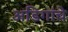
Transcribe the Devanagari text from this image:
अडिगांचे